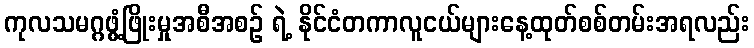
ကုလသမဂ္ဂဖွံ့ဖြိုးမှုအစီအစဉ် ရဲ့ နိုင်ငံတကာလူငယ်များနေ့ထုတ်စစ်တမ်းအရလည်း